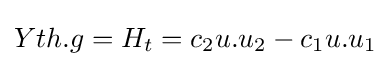
Yth.g=H_{t}=c_{2}u.u_{2}-c_{1}u.u_{1}